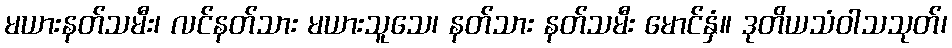
မယားနတ်သမီး၊ လင်နတ်သား မယားသူသေ၊ နတ်သား နတ်သမီး မောင်နှံ။ ဒုတိယသံဝါသသုတ်၊